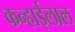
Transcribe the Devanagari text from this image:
कन्हाईलाल